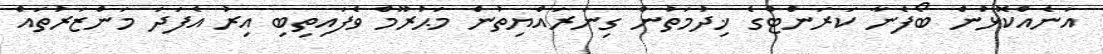
އަނެއްކޮޅުން ބޯފެނާ ކަރަންޓްގެ ޚިދުމަތުން ގިނަރައްޔިތުން މަޙުރޫމް ވެފައިތިބި އިރު އެފަދަ މަންޒަރުތައް